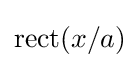
\operatorname {rect} (x/a)